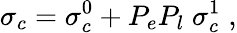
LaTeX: \sigma_{c}=\sigma_{c}^{0}+P_{e}P_{l}\; \sigma_{c}^{1}\; ,